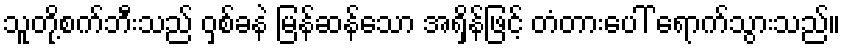
သူတို့စက်ဘီးသည် ဝှစ်ခနဲ မြန်ဆန်သော အရှိန်ဖြင့် တံတားပေါ် ရောက်သွားသည်။